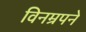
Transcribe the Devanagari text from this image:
विनम्रपने